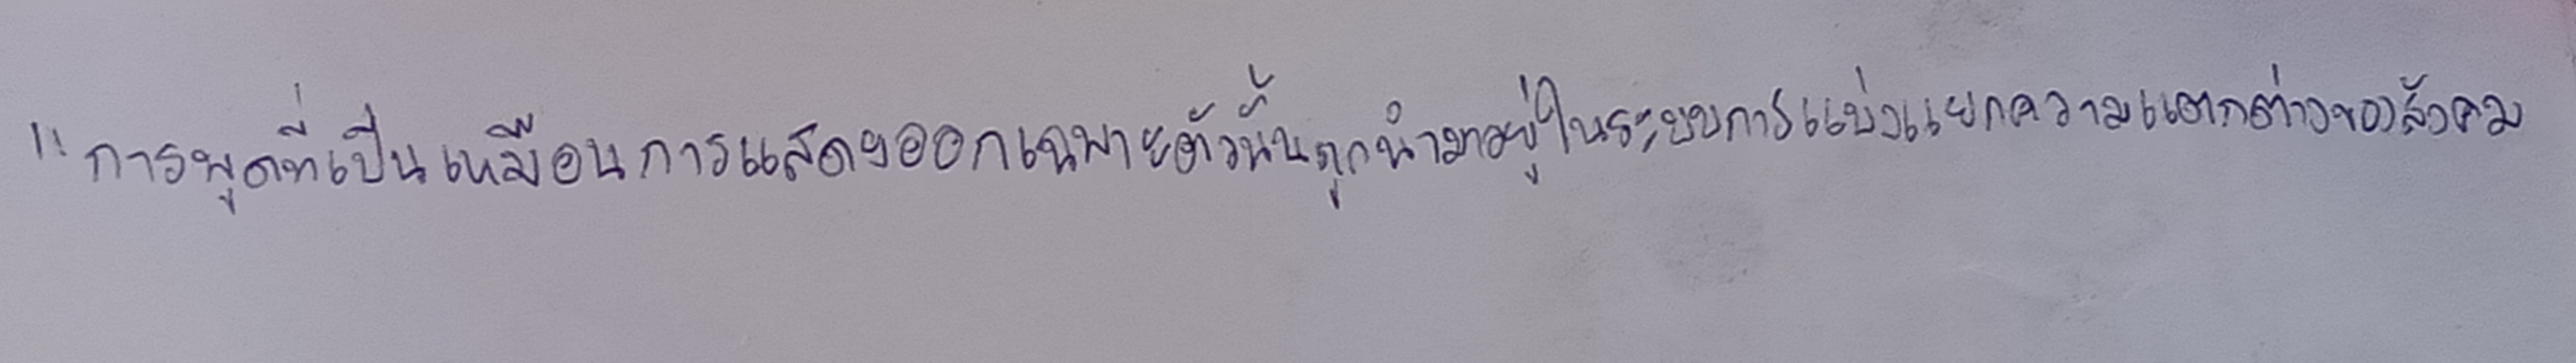
"การพูดที่เป็นเหมือนการแสดงออกเฉพาะตัวนั้นถูกนำมาอยู่ในระบบการแบ่งแยกความแตกต่างของสังคม